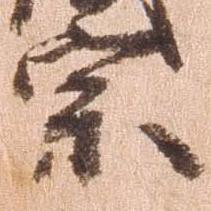
宗